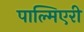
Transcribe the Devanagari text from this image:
पाल्मिएरी